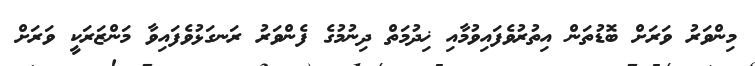
މިންވަރު ވަރަށް ބޮޑުތަން އިތުރުވެފައިވުމާއި ޚިދުމަތް ދިނުމުގެ ފެންވަރު ރަނގަޅުވެފައިވާ މަންޒަރަކީ ވަރަށް